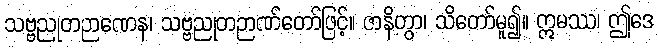
သဗ္ဗညုတဉာဏေန၊ သဗ္ဗညုတဉာဏ်တော်ဖြင့်။ ဇာနိတွာ၊ သိတော်မူ၍။ ဣမဿ၊ ဤဒေ